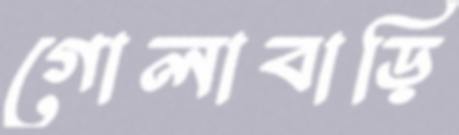
গোলাবাড়ি